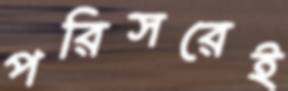
পরিসরেই